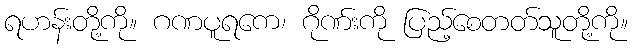
ရဟန်းတို့ကို။ ဂဏပူရကေ၊ ဂိုဏ်းကို ပြည့်စေတတ်သူတို့ကို။